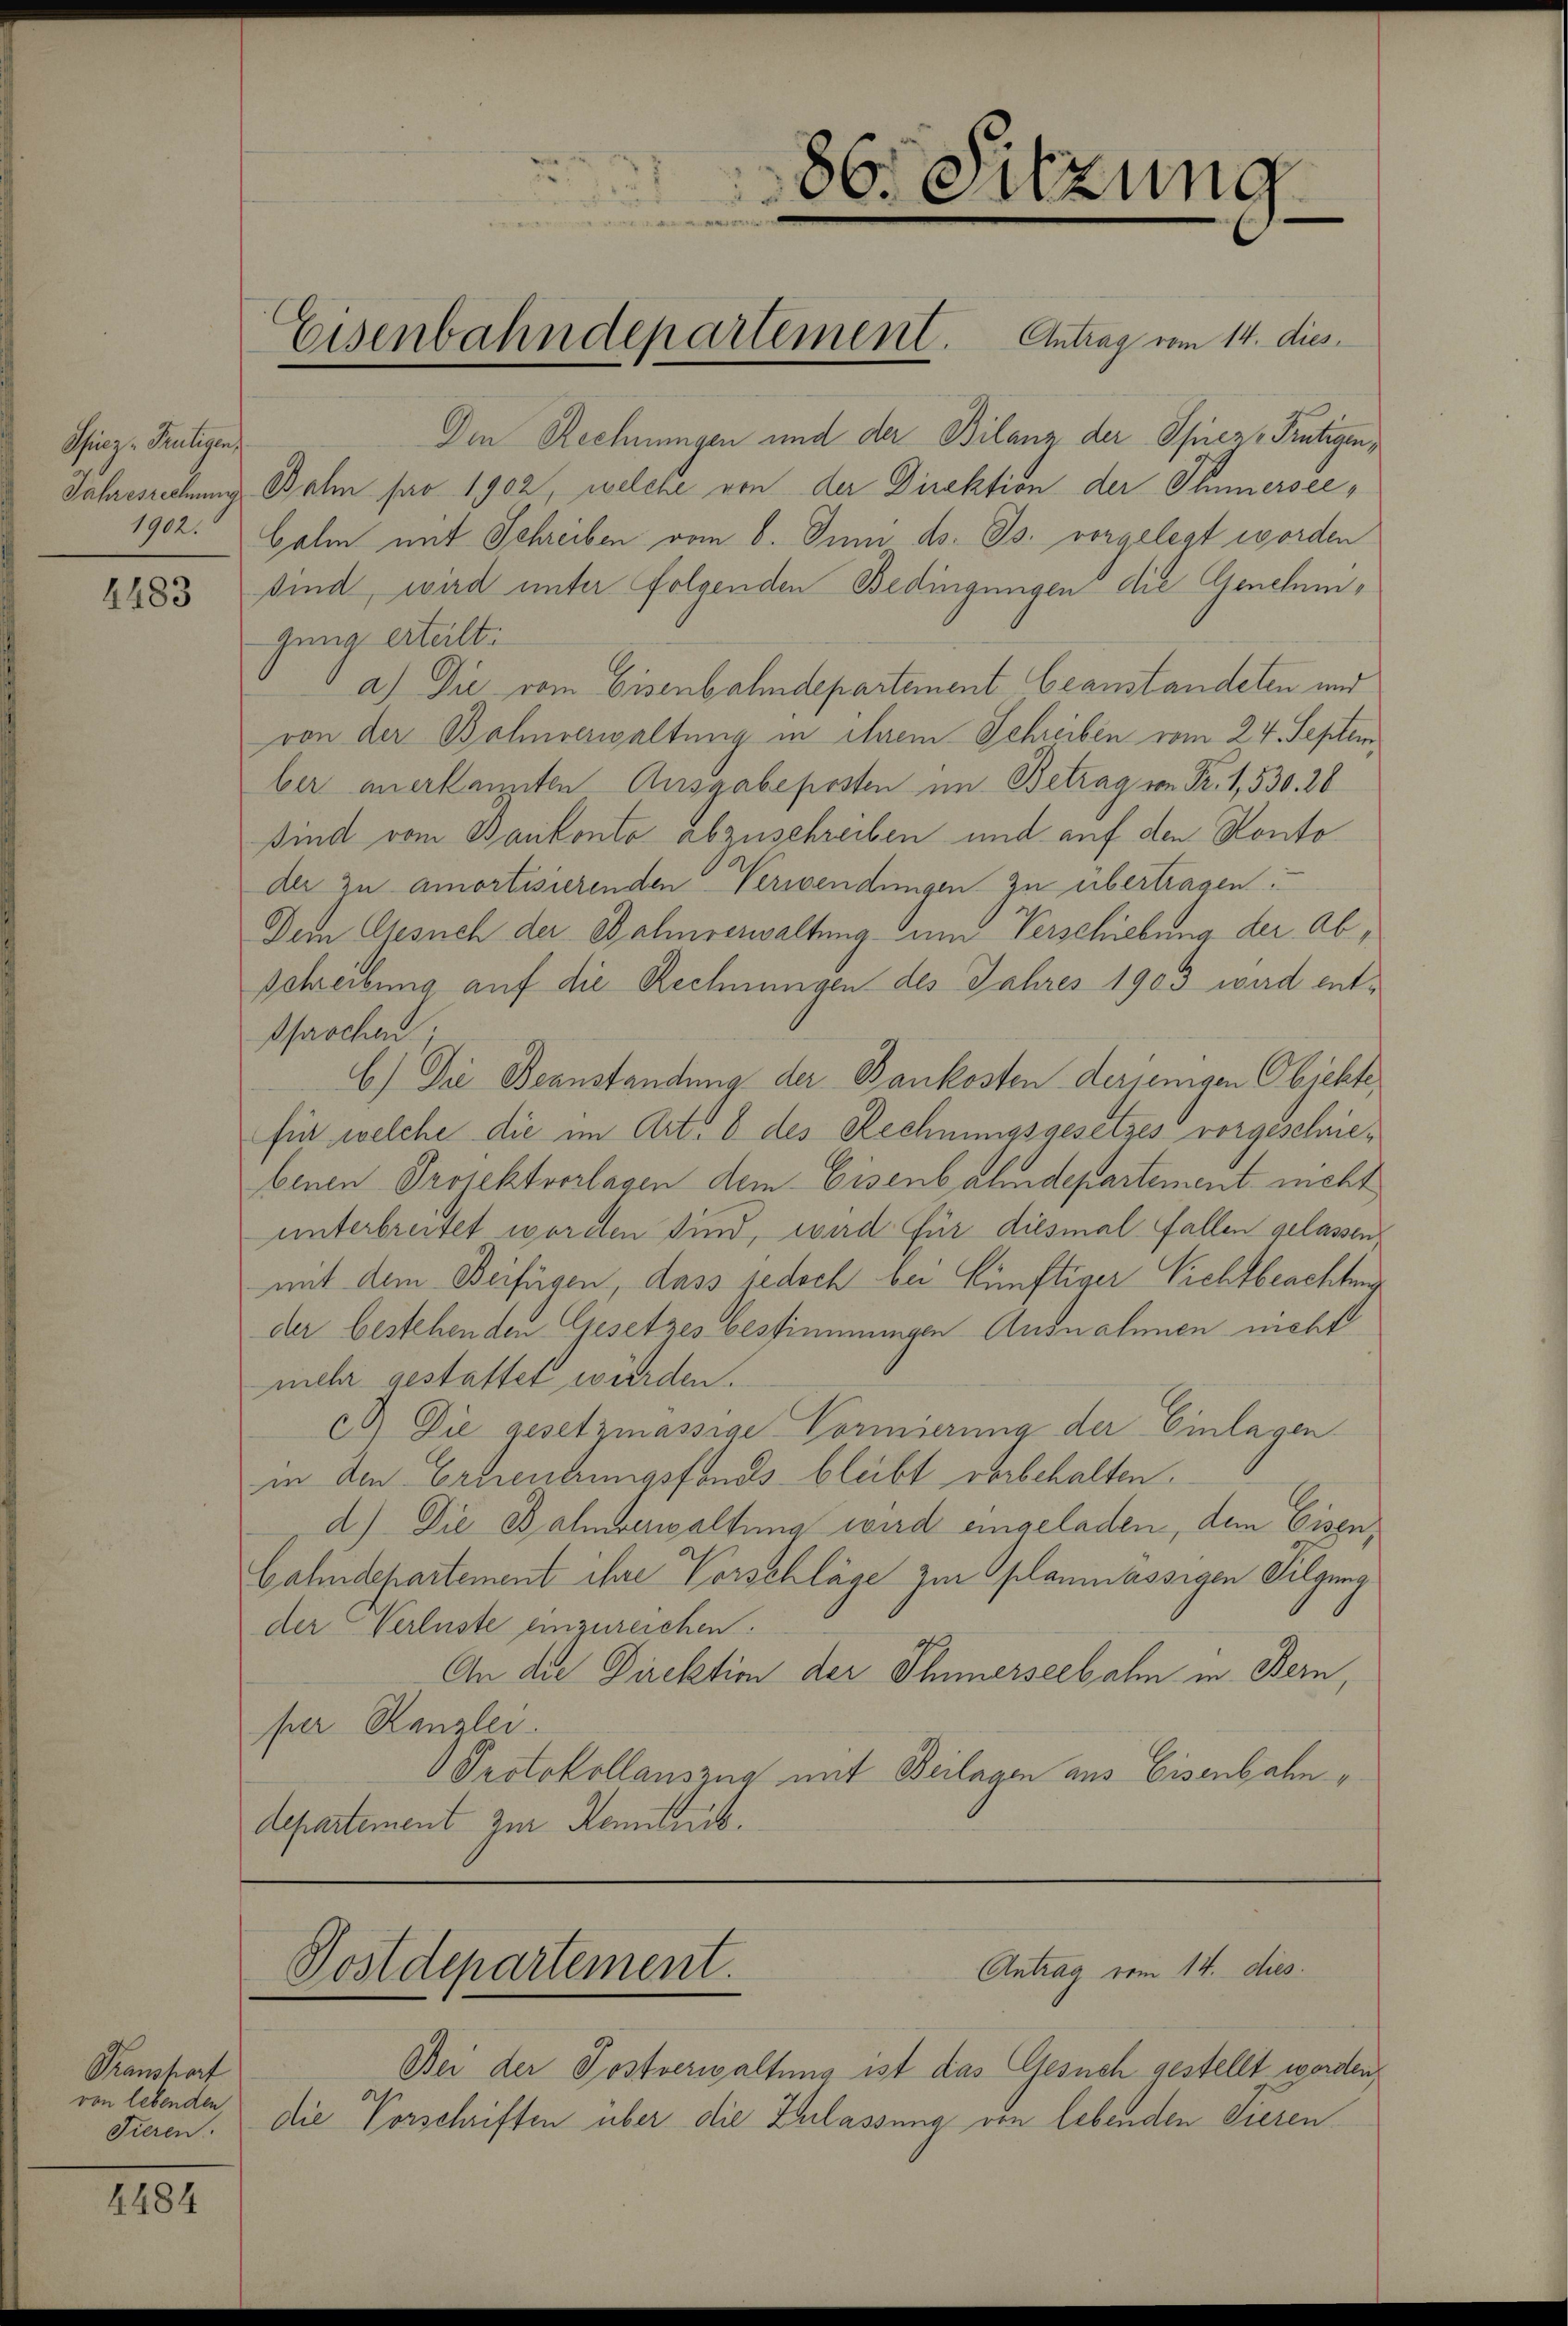
Spiez - Frutigen,

4483

Transtorf
von lebenden
Tieren.

4484

Die Rechnungen und der Bilanz der Spiez, Frutigen,
Jahresrechung Balm par 1902, welche von der Direktion der Thiersee¬
1902. Calm mit Schreiben vom 6. Juni d. Js. vorgelegt worden
sind, wird unter folgenden Bedingungen die Genehmigung erteilt:
a) Die vom Eisenbahndepartement beanstandeten und
von der Bahnverwaltung in ihrem Schreiben vom 24. September anerkannten Ausgabeposten im Betrag von Fr. 1,530. 26
sind vom Bankonto abzuschreiben und auf den Konto
der zu amortisierenden Verwendungen zu übertragen:
Dem Gesuch der Bahnverwaltung- und Verschiebung der Abschreibung auf die Rechnungen des Jahres 1903 wird entsprochen
6.) Die Beanstandung der Baukosten derjenigen Objekte,
für welche die im Art. 8 des Rechnungsgesetzes vorgeschriebenen Projektvorlagen dem Eisenbahndepartement nicht
unterbreitet worden sind, wird für diesmal fallen gelassen,
mit dem Beifügen, dass jedoch bei künftiger Sichtbeachten
der bestehenden Gesetzes bestimmungen Ausnahmen nicht
mehr gestattet würden.
c. Die gesetzmässige Vormierung der Einlagen
in den Erbentrungsfonds bleibt vorbehalten.
d.) Die Balmverwaltung wird eingeladen, den Eisen,
Gahndepartement ihre Vorschläge zur planmassigen Filzung
der Verluste einzureichen.
An die Direktion der Ihmerseebahn in Bern,
per Kanzlei.
Protokollauszug mit Beilagen aus Eisenbahndepartement zur Kenntnis.

Postdepartement.

86. Sitzung
e

Eisenbahndepartement. Antrag vom 14. dies

Antrag vom 14. dies

Bei der Postverwaltung ist das Gesuch gestellt worden,
die Vorschriften über die Zulassung von lebenden Tieren